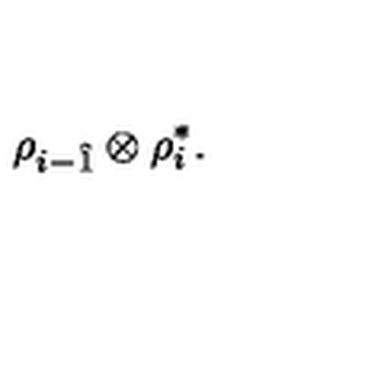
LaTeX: \rho _ { i - \hat { 1 } } \otimes \rho _ { i } ^ { \ast } .